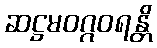
ဆဋ္ဌမဝဂ္ဂဝရန္တိ